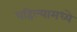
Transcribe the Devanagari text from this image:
पहिल्यामध्ये